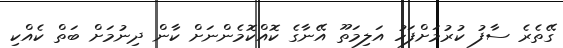
ގޭތެރެ ސާފު ކުރުމަށްފަހު އަލިމަތޫ އޭނާގެ ކޮއްކޮމެންނަށް ކާން ދިނުމަށް ބަތް ކެއްކި